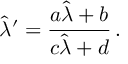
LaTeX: \hat { \lambda } ^ { \prime } = \frac { a \hat { \lambda } + b } { c \hat { \lambda } + d } \, .